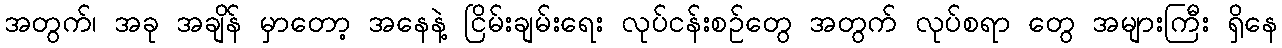
အတွက်၊ အခု အချိန် မှာတော့ အနေနဲ့ ငြိမ်းချမ်းရေး လုပ်ငန်းစဉ်တွေ အတွက် လုပ်စရာ တွေ အများကြီး ရှိနေ